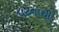
ઘટનાથી